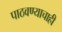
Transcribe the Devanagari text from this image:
पाठवण्याचाही